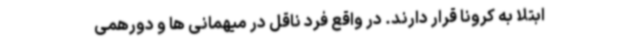
ابتلا به کرونا قرار دارند. در واقع فرد ناقل در میهمانی ها و دورهمی